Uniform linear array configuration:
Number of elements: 12
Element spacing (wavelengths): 0.75
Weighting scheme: cosine
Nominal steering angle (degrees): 60
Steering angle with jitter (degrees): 60.122
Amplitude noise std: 0.05
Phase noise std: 0.05

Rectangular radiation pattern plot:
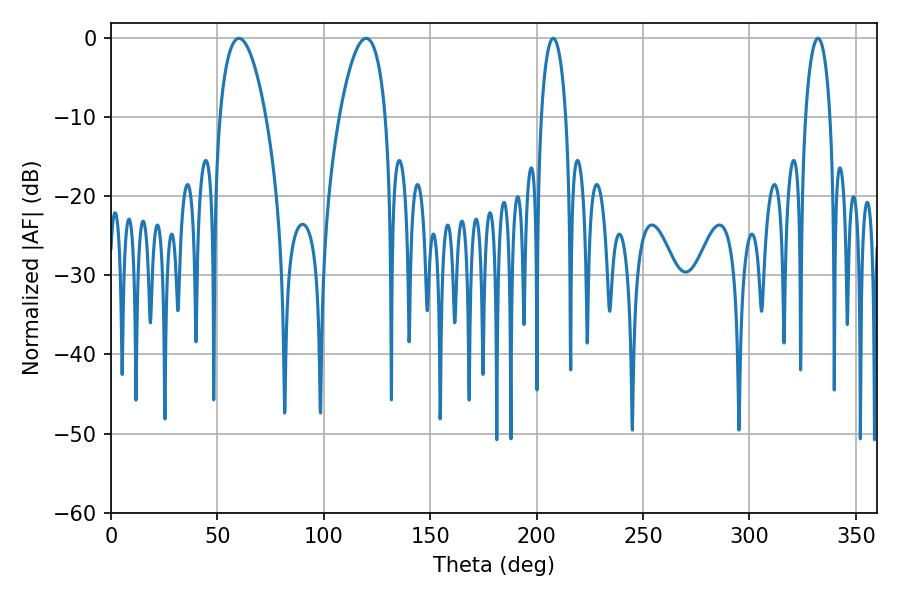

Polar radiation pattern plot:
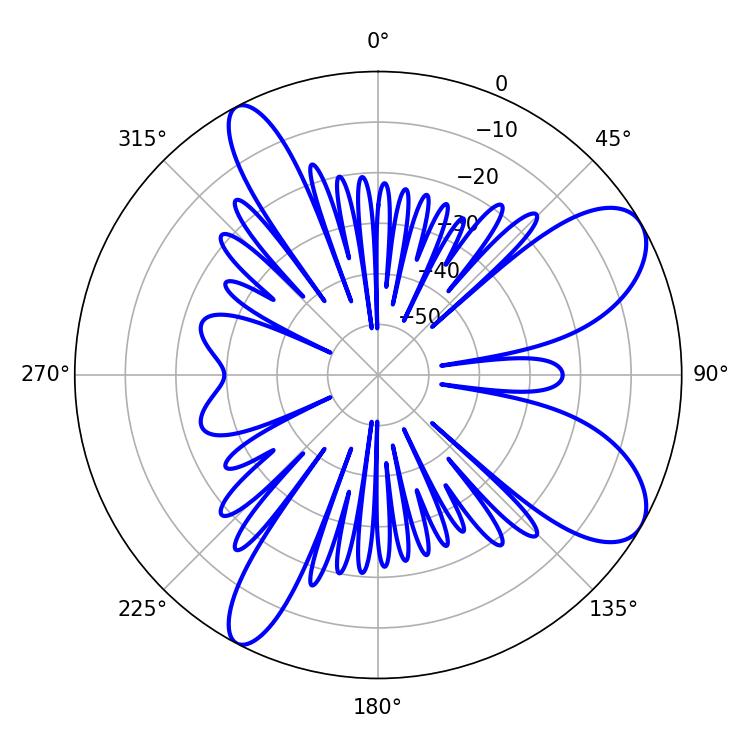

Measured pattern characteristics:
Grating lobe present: TRUE
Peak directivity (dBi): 8.614
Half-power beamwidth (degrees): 12.06
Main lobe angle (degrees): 60.12